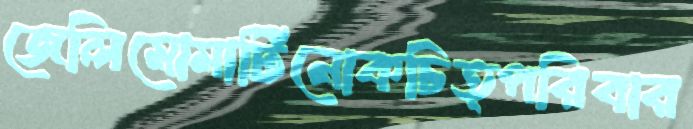
জেলিমোমার্টিনোকচিত্পরিবার